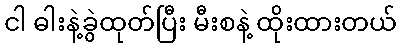
ငါ ဓါးနဲ့ခွဲထုတ်ပြီး မီးစနဲ့ ထိုးထားတယ်